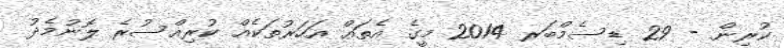
ކުރިން - 29 ޑިސެމްބަރ 2014 މީގެ އެތައް އަހަރުތަކެއް ކުރިއްސުރެ ލޮނުމެދު